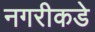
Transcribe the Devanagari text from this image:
नगरीकडे